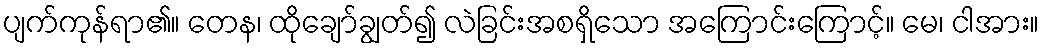
ပျက်ကုန်ရာ၏။ တေန၊ ထိုချော်ချွတ်၍ လဲခြင်းအစရှိသော အကြောင်းကြောင့်။ မေ၊ ငါအား။